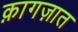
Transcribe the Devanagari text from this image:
क़ागज़ात